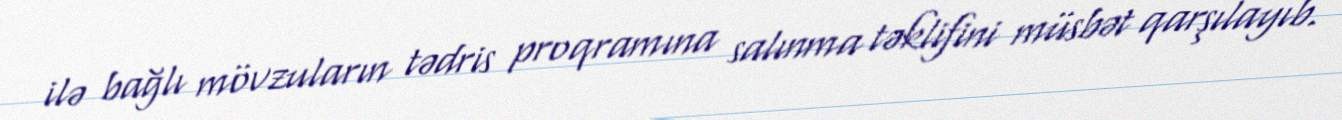
ilə bağlı mövzuların tədris proqramına salınma təklifini müsbət qarşılayıb.